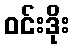
ဝင်းဒိုး